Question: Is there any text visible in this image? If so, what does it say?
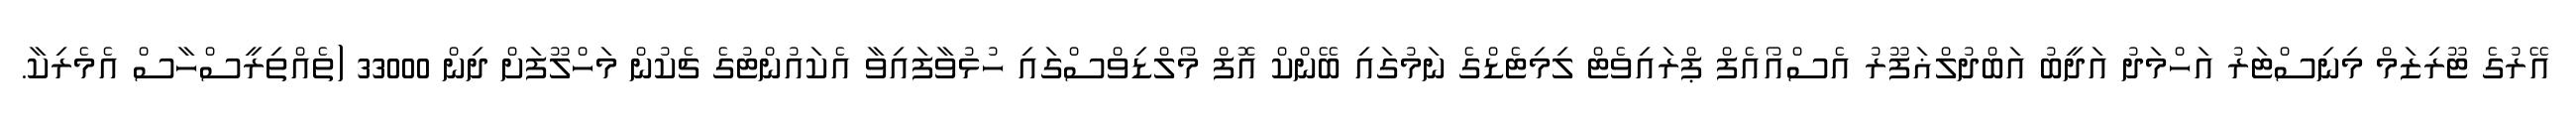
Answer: އޭރުގެ ޓޫރިޒަމް މިނިސްޓަރު އަހްމަދު އަދީބު އަބްދުލްޣަފޫރު އެސްއޯއެފް ޕްރައިވެޓް ލިމިޓެޑްގެ ނަމުގައި ބޭންކް އޮފް މޯލްޑިވްސްގައި ހުޅުވާފައިވާ އެކައުންޓުގެ ޗެކުން މަހްލޫފަށް ދިން 33000 (ތެއްތިރީސްހާސް އެމެރިކާ.